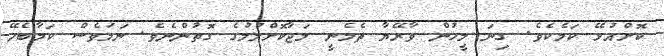
ކޮށްއުޅޭ ކަމެކެވެ. ގިނަ މީހުން ވާރޭޔާ ތެމެނީ މަޖާކޮށްލުމުގެ ގޮތުންނެވެ. ނަމަވެސް ކަމާބެހޭ